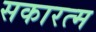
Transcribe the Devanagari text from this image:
सकारत्म